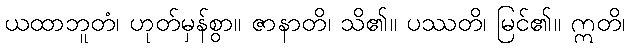
ယထာဘူတံ၊ ဟုတ်မှန်စွာ။ ဇာနာတိ၊ သိ၏။ ပဿတိ၊ မြင်၏။ ဣတိ၊